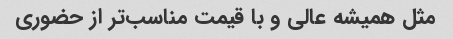
مثل همیشه عالی و با قیمت مناسب‌تر از حضوری